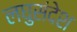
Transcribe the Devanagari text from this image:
लघुसंदेश